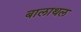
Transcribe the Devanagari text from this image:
बालाथल